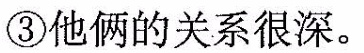
③他俩的关系很深。